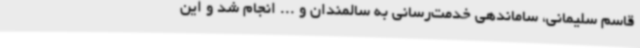
قاسم سلیمانی، ساماندهی خدمت‌رسانی به سالمندان و ... انجام شد و این